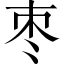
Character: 枣